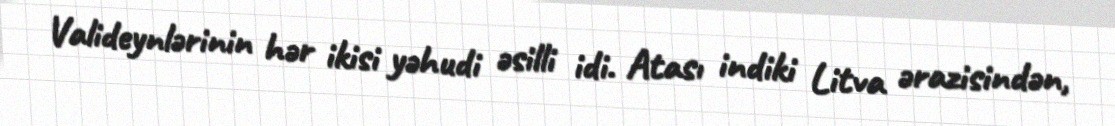
Valideynlərinin hər ikisi yəhudi əsilli idi. Atası indiki Litva ərazisindən,